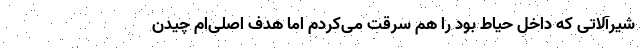
شیرآلاتی که داخل حیاط بود را هم سرقت می‌کردم اما هدف اصلی‌ام چیدن